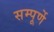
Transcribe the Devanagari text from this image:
सम्पूर्णे